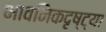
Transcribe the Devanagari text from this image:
भावनिकदृष्‍ट्या